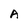
Character: A